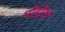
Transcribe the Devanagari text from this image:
पींडीची